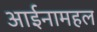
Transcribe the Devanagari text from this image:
आईनामहल